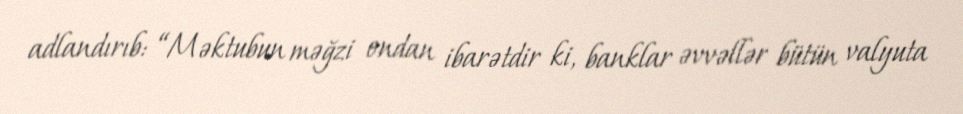
adlandırıb: “Məktubun məğzi ondan ibarətdir ki, banklar əvvəllər bütün valyuta